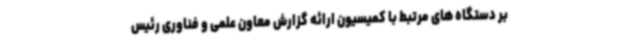
بر دستگاه های مرتبط با کمیسیون ارائه گزارش معاون علمی و فناوری رئیس